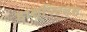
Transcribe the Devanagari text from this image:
हास्पिटल्स